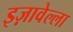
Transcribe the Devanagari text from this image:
इज़ावेल्ला